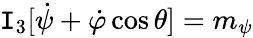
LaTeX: \mathtt{I}_{3}[\dot{{\psi}}+\dot{{\varphi}}\cos\theta]=m_{\psi}